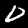
Label: 0